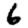
Digit: 6